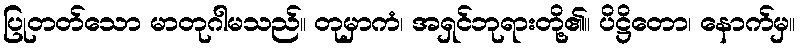
ပြုတတ်သော မာတုဂါမသည်။ တုမှာကံ၊ အရှင်ဘုရားတို့၏။ ပိဋ္ဌိတော၊ နောက်မှ။